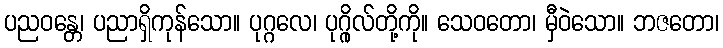
ပညဝန္တေ၊ ပညာရှိကုန်သော။ ပုဂ္ဂလေ၊ ပုဂ္ဂိုလ်တို့ကို။ သေဝတော၊ မှီဝဲသော။ ဘဇတော၊